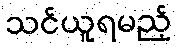
သင်ယူရမည့်